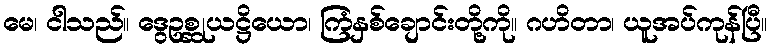
မေ၊ ငါသည်။ ဒွေဥစ္ဆုယဋ္ဌိယော၊ ကြံနှစ်ချောင်းတို့ကို။ ဂဟိတာ၊ ယူအပ်ကုန်ပြီ။